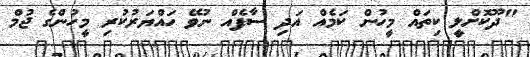
"ދޫކޮށްލީ ކިތައް މީހުން ކަމެއް އަދި ސާފެއް ނުވޭ ހައްޔަރުކުރި މީހުންގެ ޖުމް